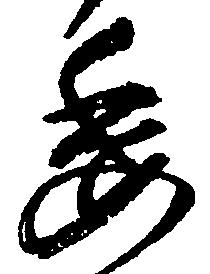
委